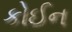
કોઈન